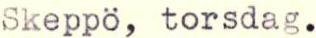
Skeppö, torsdag.